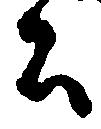
公